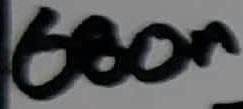
Text: 680n